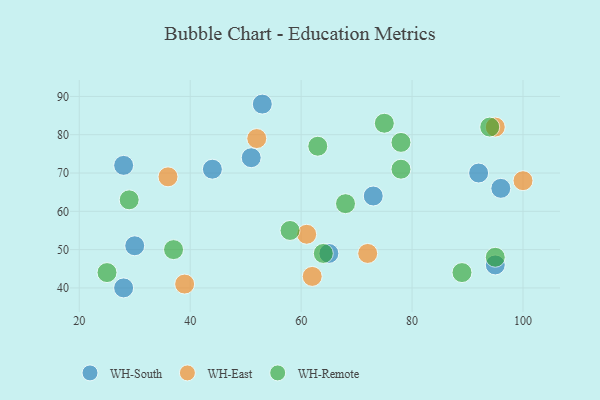
{"axis": {"x": "GDP", "y": "Life Expectancy"}, "legend": ["WH-East", "WH-Remote", "WH-South"], "data": [{"x": "28", "y": 40, "type": "WH-South"}, {"x": "95", "y": 46, "type": "WH-South"}, {"x": "96", "y": 66, "type": "WH-South"}, {"x": "30", "y": 51, "type": "WH-South"}, {"x": "92", "y": 70, "type": "WH-South"}, {"x": "53", "y": 88, "type": "WH-South"}, {"x": "51", "y": 74, "type": "WH-South"}, {"x": "73", "y": 64, "type": "WH-South"}, {"x": "44", "y": 71, "type": "WH-South"}, {"x": "28", "y": 72, "type": "WH-South"}, {"x": "65", "y": 49, "type": "WH-South"}, {"x": "95", "y": 82, "type": "WH-East"}, {"x": "61", "y": 54, "type": "WH-East"}, {"x": "72", "y": 49, "type": "WH-East"}, {"x": "52", "y": 79, "type": "WH-East"}, {"x": "100", "y": 68, "type": "WH-East"}, {"x": "36", "y": 69, "type": "WH-East"}, {"x": "62", "y": 43, "type": "WH-East"}, {"x": "39", "y": 41, "type": "WH-East"}, {"x": "64", "y": 49, "type": "WH-Remote"}, {"x": "29", "y": 63, "type": "WH-Remote"}, {"x": "63", "y": 77, "type": "WH-Remote"}, {"x": "58", "y": 55, "type": "WH-Remote"}, {"x": "37", "y": 50, "type": "WH-Remote"}, {"x": "25", "y": 44, "type": "WH-Remote"}, {"x": "78", "y": 71, "type": "WH-Remote"}, {"x": "68", "y": 62, "type": "WH-Remote"}, {"x": "95", "y": 48, "type": "WH-Remote"}, {"x": "75", "y": 83, "type": "WH-Remote"}, {"x": "78", "y": 78, "type": "WH-Remote"}, {"x": "89", "y": 44, "type": "WH-Remote"}, {"x": "94", "y": 82, "type": "WH-Remote"}]}